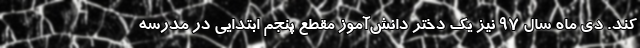
کند. دی ماه سال ۹۷ نیز یک دختر دانش‌آموز مقطع پنجم ابتدایی در مدرسه